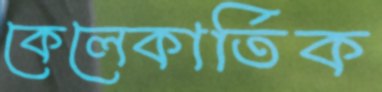
কেলেকার্তিক